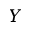
Y